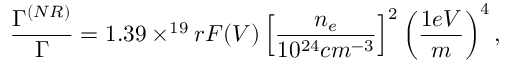
{ \frac { \Gamma ^ { ( N R ) } } { \Gamma } } = 1 . 3 9 \times ^ { 1 9 } r F ( { \cal { V } } ) \left[ { \frac { n _ { e } } { 1 0 ^ { 2 4 } c m ^ { - 3 } } } \right] ^ { 2 } \left( { \frac { 1 e V } { m } } \right) ^ { 4 } ,